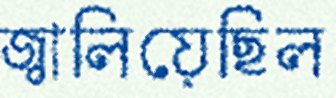
জ্বালিয়েছিল